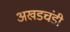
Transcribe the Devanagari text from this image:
अखडचंडी